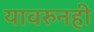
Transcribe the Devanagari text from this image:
यावरुनही